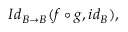
I d _ { B \rightarrow B } ( f \circ g , i d _ { B } ) ,